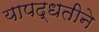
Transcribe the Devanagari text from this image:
यापद्धतीने